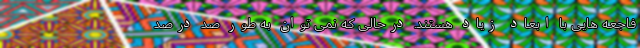
فاجعه هایی با ابعاد زیاد هستند. درحالی که نمی توان به طور صد درصد